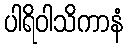
ပါရိဝါသိကာနံ